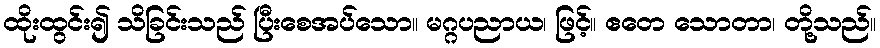
ထိုးထွင်း၍ သိခြင်းသည် ပြီးစေအပ်သော။ မဂ္ဂပညာယ၊ ဖြင့်။ ဧတေ သောတာ၊ တို့သည်။